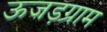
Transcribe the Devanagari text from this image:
ऊजड़ग्राम